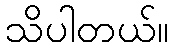
သိပါတယ်။